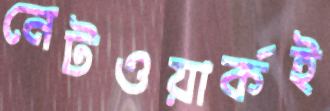
নেটওয়ার্কই